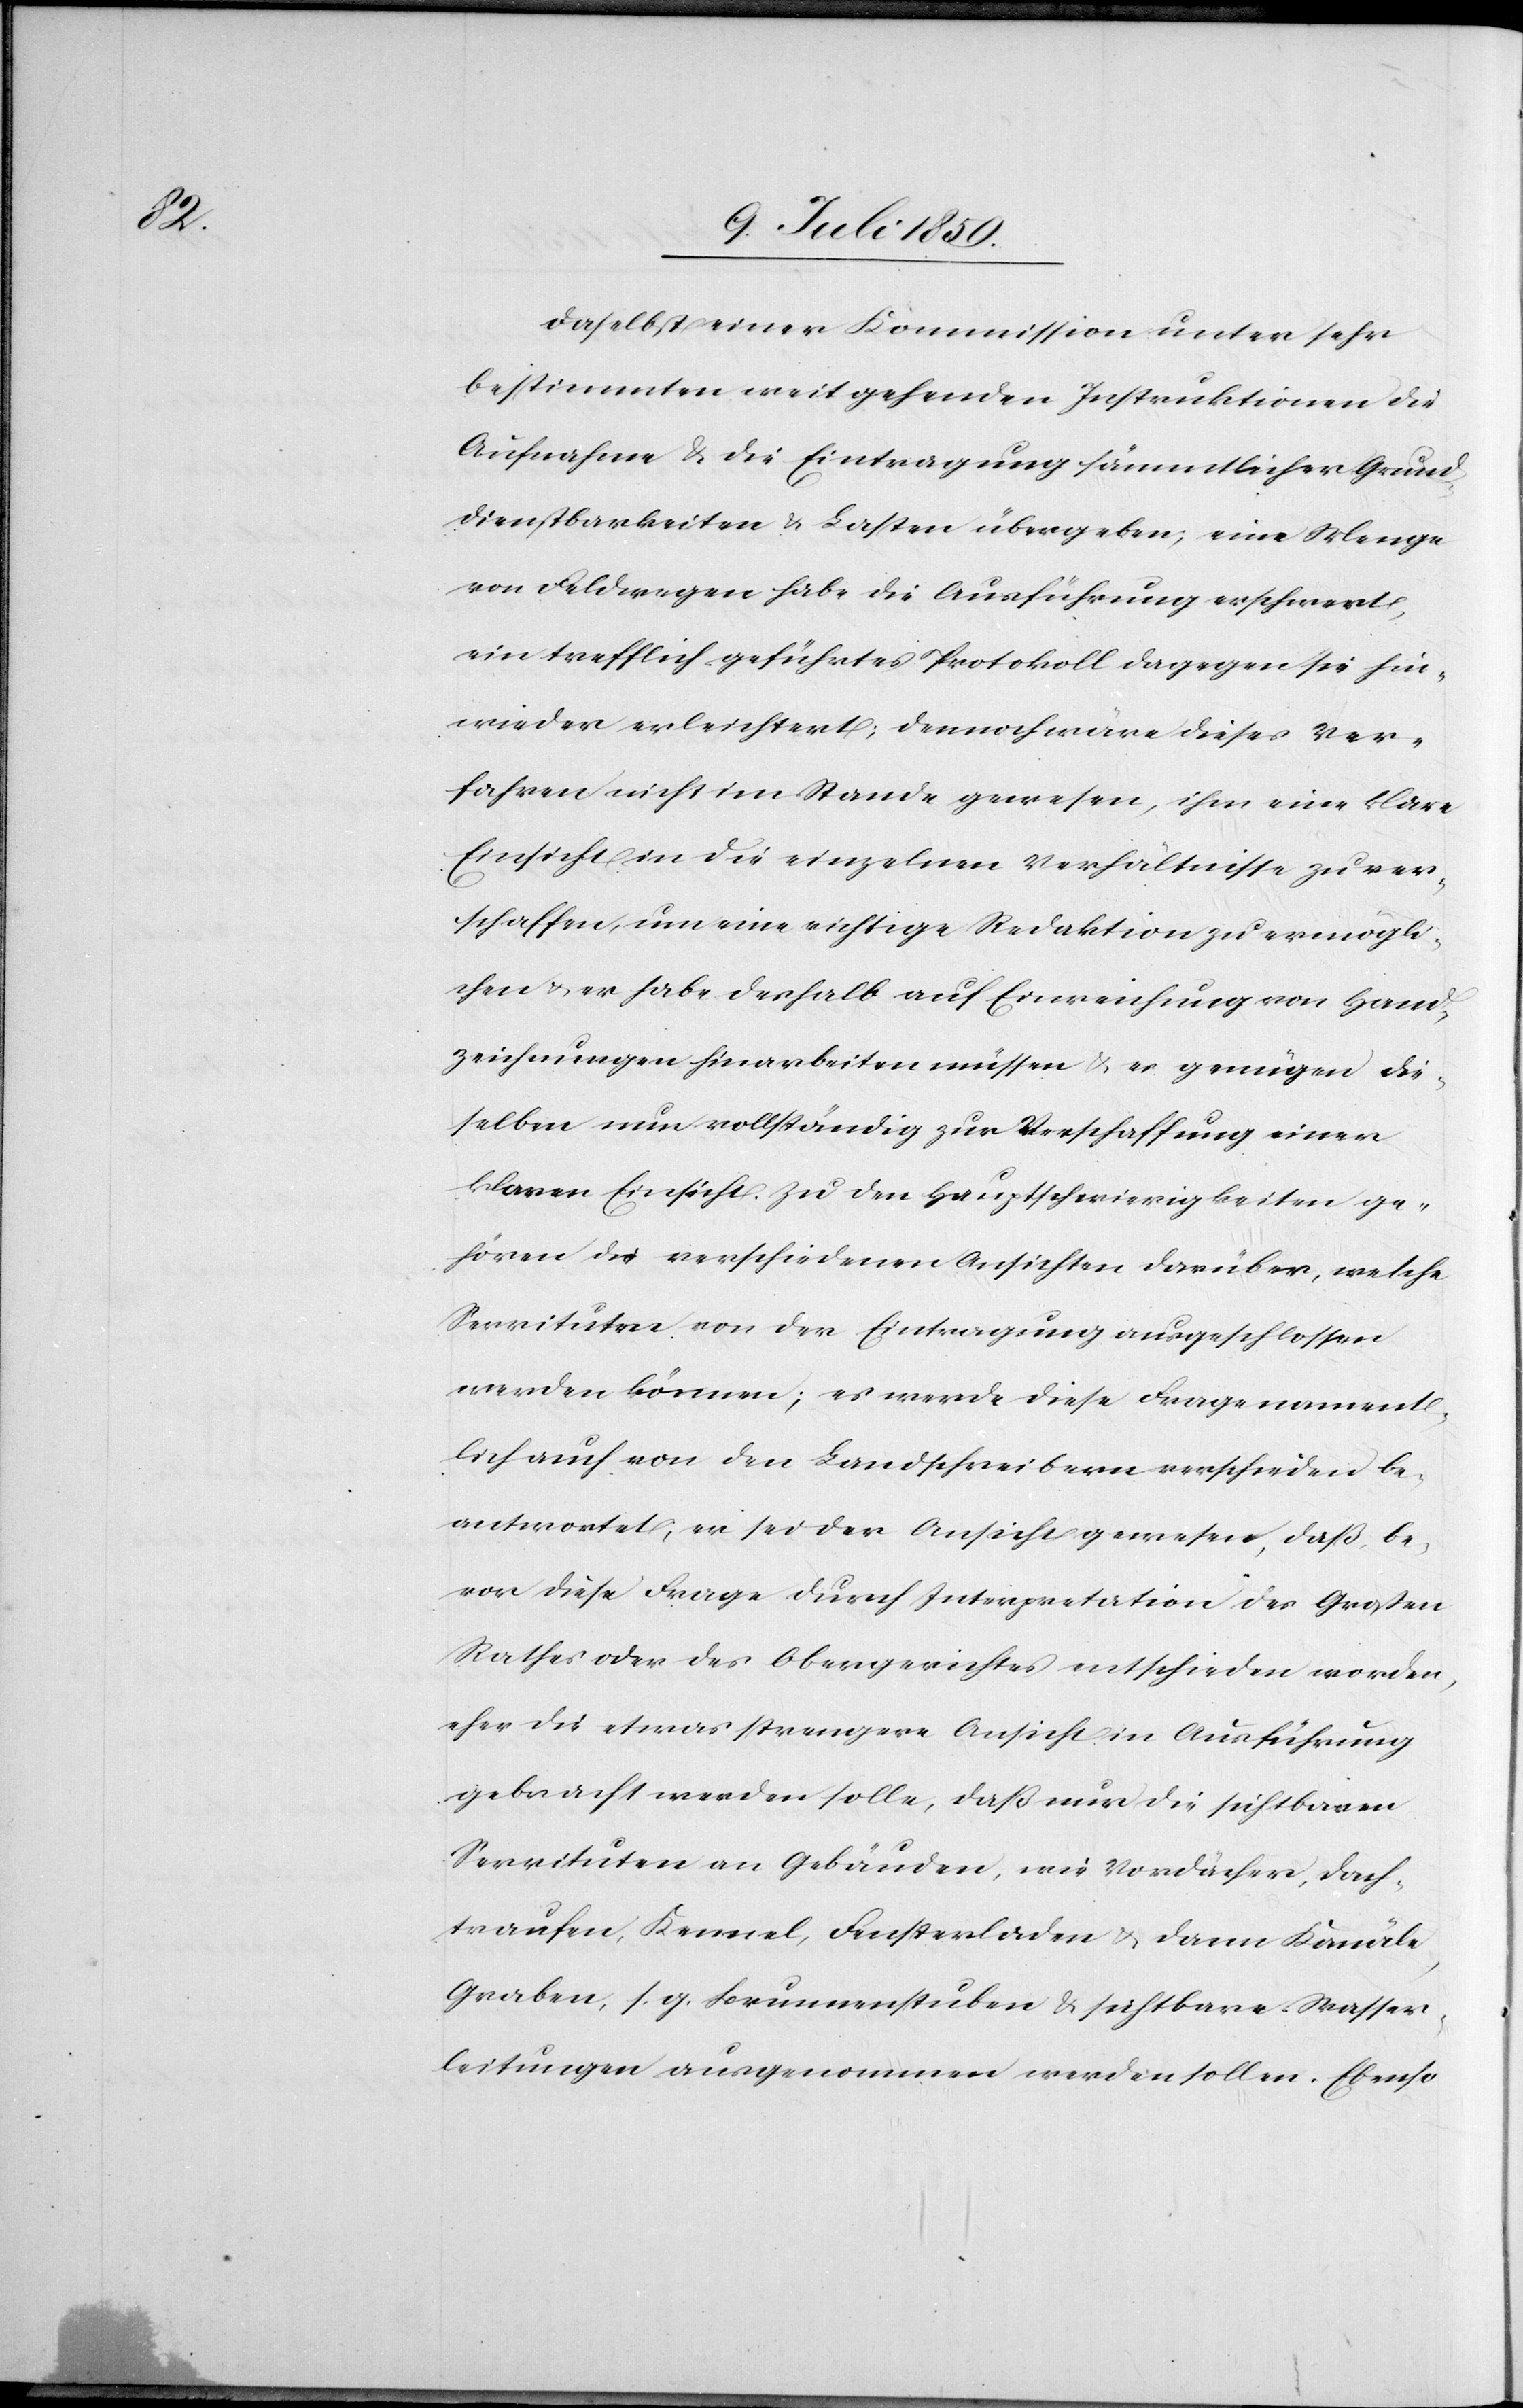
daselbst einer Kommission unter sehr
bestimmten weitgehenden Instruktionen die
Aufnahme u. die Eintragung sämmtlicher Grund¬
dienstbarkeiten u. Lasten übergeben; eine Menge
von Feldwegen habe die Ausführung erschwert,
ein trefflich geführtes Protokoll dagegen sei hin¬
wieder erleichtert; dennoch wäre dieses Ver¬
fahren nicht im Stande gewesen, ihm eine klare
Einsicht in die einzelnen Verhältnisse zu ver¬
schaffen, um eine richtige Redaktion zu ermögli¬
chen u. er habe deshalb auf Einreichung von Hand¬
zeichnungen hinarbeiten müssen u. es genügen die¬
selben nun vollständig zur Verschaffung einer
klaren Einsicht. Zu den Hauptschwierigkeiten ge¬
hören die verschiedenen Ansichten darüber, welche
Servituten von der Eintragung ausgeschlossen
werden können; es werde diese Frage nament¬
lich auch von den Landschreibern verschieden be¬
antwortet, er sei der Ansicht gewesen, daß be¬
vor diese Frage durch Interpretation des Großen
Rathes oder des Obergerichtes entschieden worden,
eher die etwas strengere Ansicht in Ausführung
gebracht werden solle, daß nur die sichtbaren
Servituten an Gebäuden, wie Vordächer, Dach¬
traufen, Kennel, Fensterladen u. dann Kanäle,
Graben, s. g. Brunnenstuben u. sichtbare Wasser¬
leitungen ausgenommen werden sollen. Ebenso